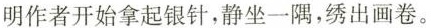
明作者开始拿起银针，静坐一隅，绣出画卷。